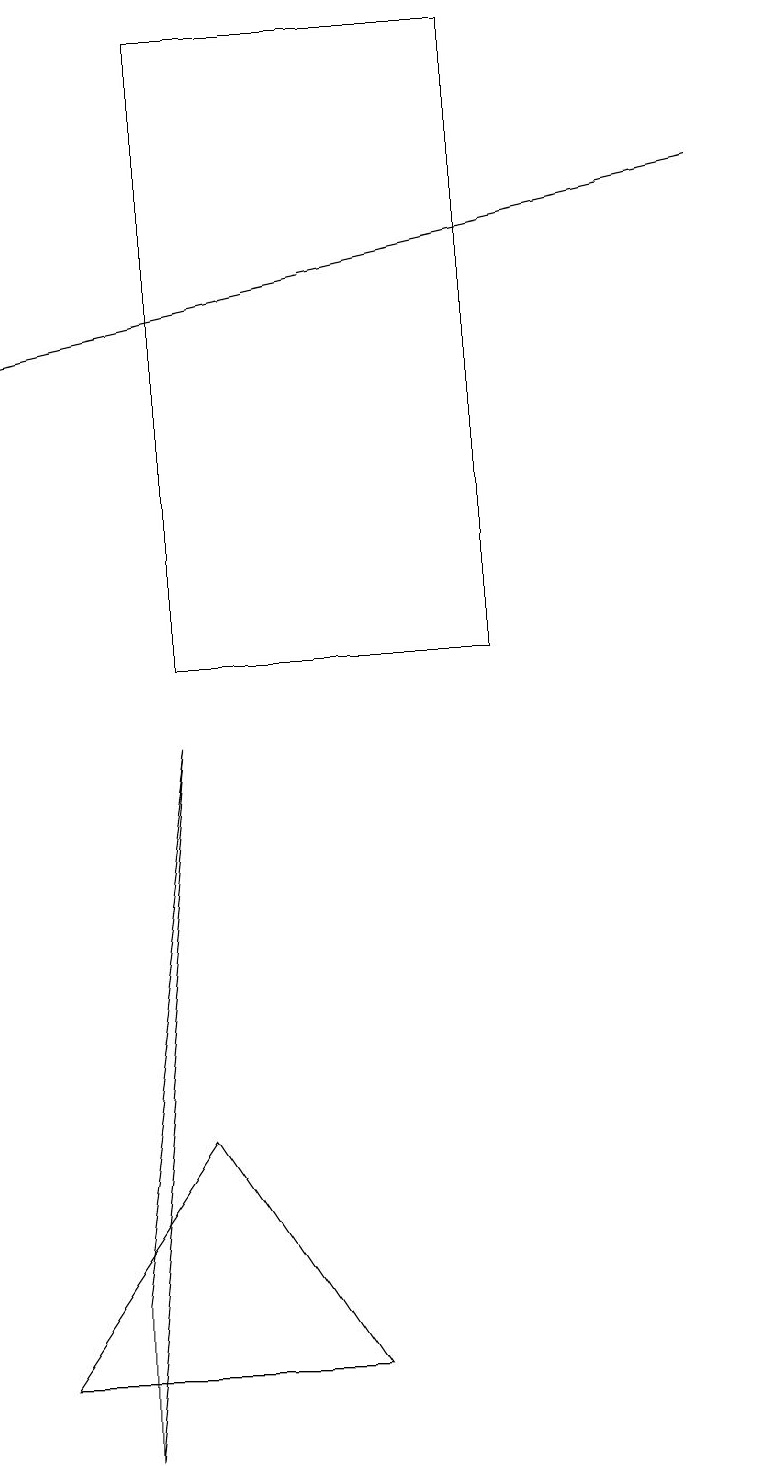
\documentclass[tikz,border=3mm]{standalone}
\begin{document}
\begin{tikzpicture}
\draw[->] (9,16) -- (0,14);
\draw (1,0) -- (2,9) -- (1,2) -- cycle;
\draw (2,18) rectangle (6,10);
\draw (4,1) -- (0,1) -- (2,4) -- cycle;
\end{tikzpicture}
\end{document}